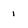
Character: 1